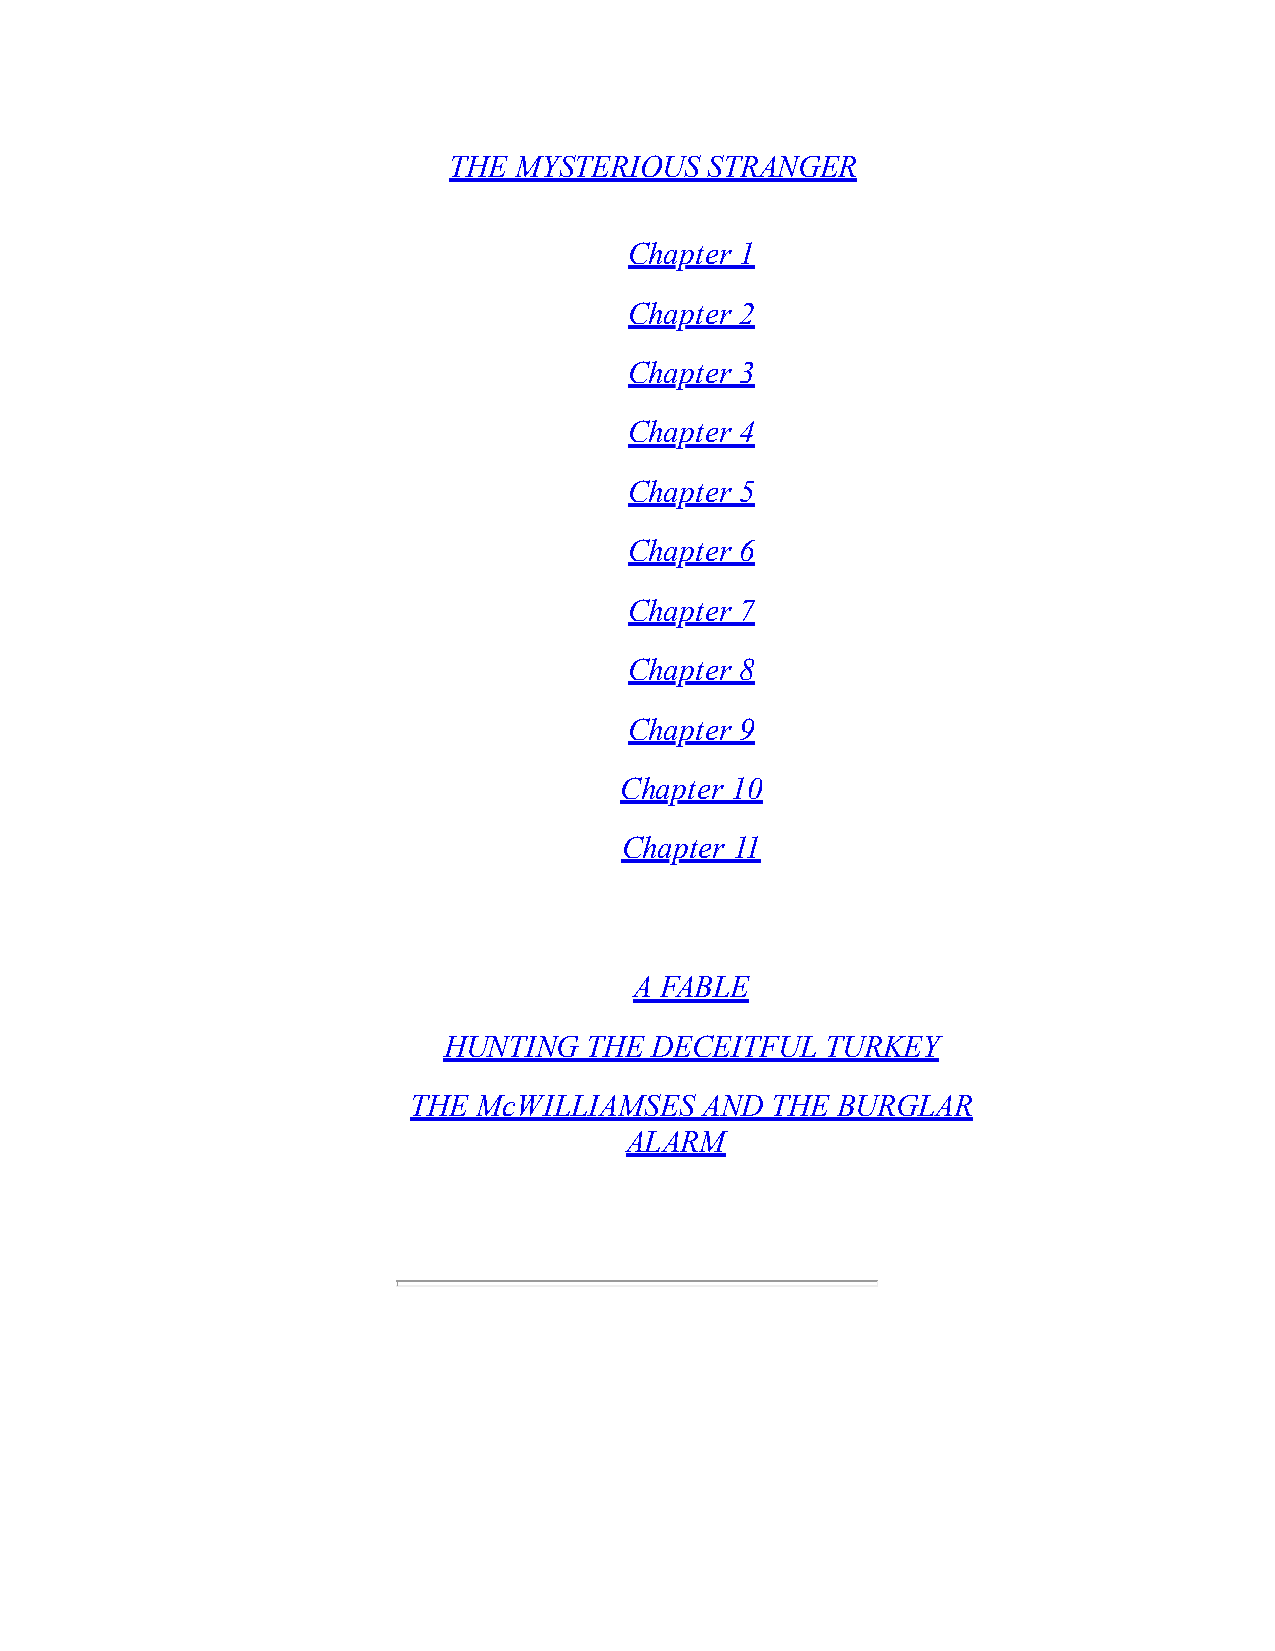
THE MYSTERIOUS   STRANGER
 Chapter 1
 Chapter 2
 Chapter 3
 Chapter 4
 Chapter 5
 Chapter 6
 Chapter 7
 Chapter 8
 Chapter 9
 Chapter 10
 Chapter 11
 A FABLE
 HUNTING   THE DECEITFUL   TURKEY
 THE McWILLIAMSES   AND  THE BURGLAR
 ALARM